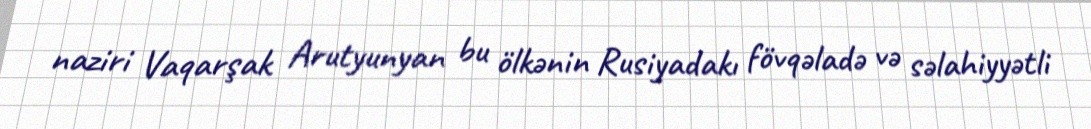
naziri Vaqarşak Arutyunyan bu ölkənin Rusiyadakı fövqəladə və səlahiyyətli